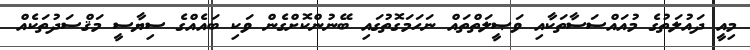
މިއީ ދައުލަތުގެ މުއައްސަސާތަކާއި ވަޞީލަތްތައް ނަހަމަގޮތުގައި ބޭނުންކޮށްގެން ވަކި ބައެއްގެ ސިޔާސީ މަޤްސަދުތަކެއް